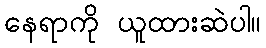
နေရာကို ယူထားဆဲပါ။